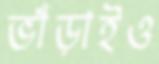
ভাঁড়াইও